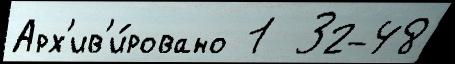
Арх'ив'и́ровано 1  32-48